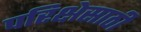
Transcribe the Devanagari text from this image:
परिक्षेसाठी